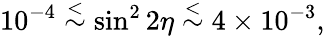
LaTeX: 10^{-4}\stackrel{<}{\sim}\sin^{2}2\eta\stackrel{<}{\sim}4\times 10^{-3},